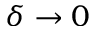
\delta \to 0